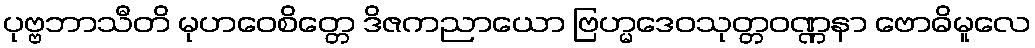
ပုဗ္ဗဘာသီတိ မုဟဝေစိတ္တေ ဒိဇကညာယော ဗြဟ္မဒေဝသုတ္တဝဏ္ဏနာ ဗောဓိမူလေ